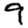
Digit: 9